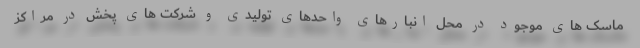
ماسک های موجود در محل انبارهای واحدهای تولیدی و شرکت های پخش در مراکز